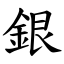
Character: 銀